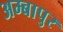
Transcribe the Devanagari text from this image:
अम्बापुर